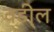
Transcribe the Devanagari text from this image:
वडी्ल